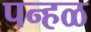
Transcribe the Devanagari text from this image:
पन्हळ